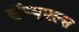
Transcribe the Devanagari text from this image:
सॅम्यूएल्स